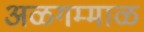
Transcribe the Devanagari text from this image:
अळगम्माळ